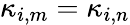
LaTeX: \kappa_{i,m}=\kappa_{i,n}